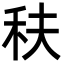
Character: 䄮